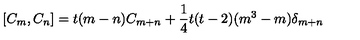
[ C _ { m } , C _ { n } ] = t ( m - n ) C _ { m + n } + \frac { 1 } { 4 } t ( t - 2 ) ( m ^ { 3 } - m ) \delta _ { m + n }